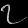
Digit: ၇